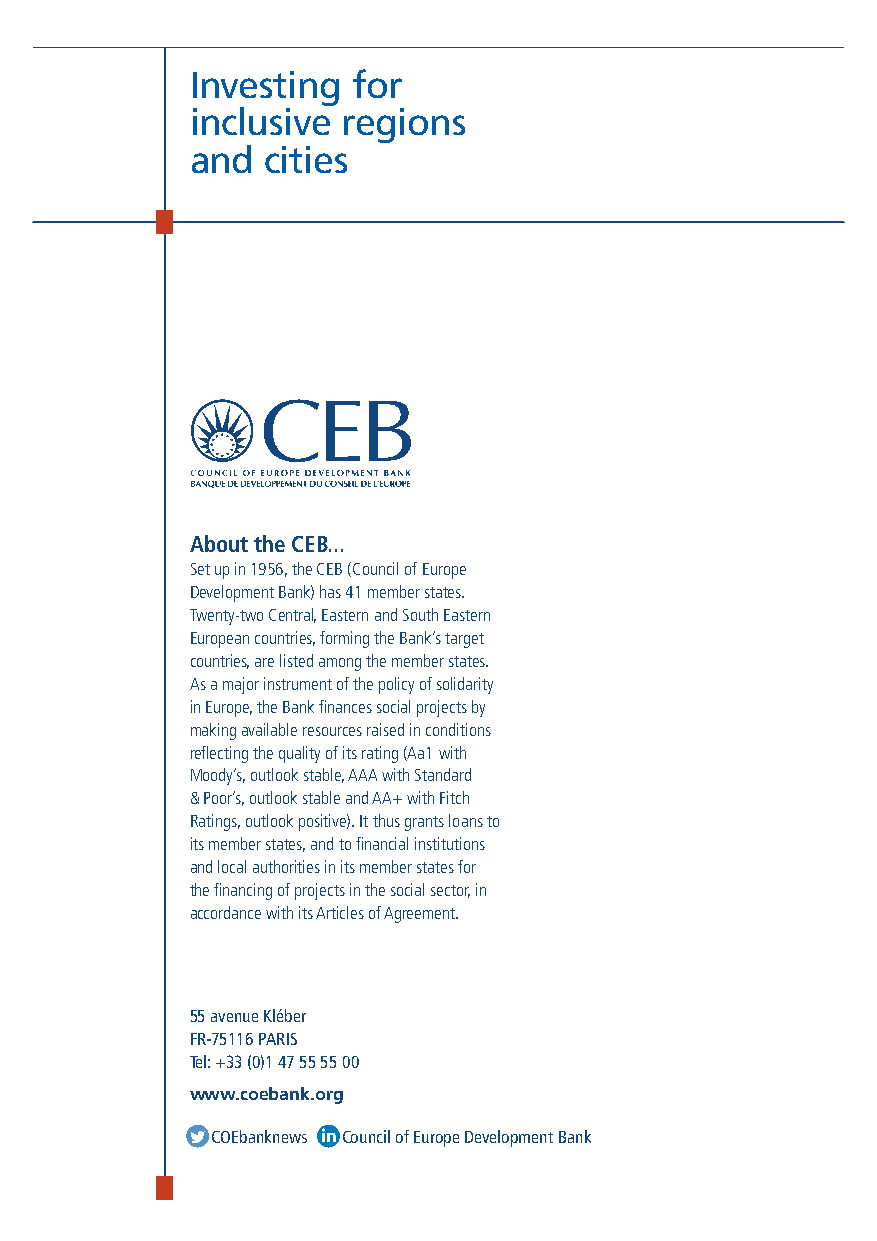
Investing for
 inclusive regions
 and  cities
 About the CEB...
 Set up in 1956, the CEB (Council of Europe
 Development Bank) has 41 member states.
 Twenty-two Central, Eastern and South Eastern
 European countries, forming the Bank’s target
 countries, are listed among the member states.
 As a major instrument of the policy of solidarity
 in Europe, the Bank finances social projects by
 making available resources raised in conditions
 reflecting the quality of its rating (Aa1 with
 Moody’s, outlook stable, AAA with Standard
 & Poor’s, outlook stable and AA+ with Fitch
 Ratings, outlook positive). It thus grants loans to
 its member states, and to financial institutions
 and local authorities in its member states for
 the financing of projects in the social sector, in
 accordance with its Articles of Agreement.
 55 avenue Kléber
 FR-75116 PARIS
 Tel: +33 (0)1 47 55 55 00
 www.coebank.org
  COEbanknews  Council of Europe Development Bank